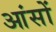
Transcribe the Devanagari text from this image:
आंसों